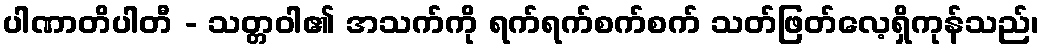
ပါဏာတိပါတီ - သတ္တဝါ၏ အသက်ကို ရက်ရက်စက်စက် သတ်ဖြတ်လေ့ရှိကုန်သည်၊